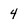
Character: 4